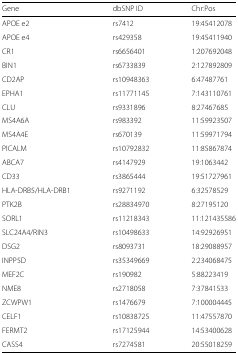
<table><thead><tr><td><b>Gene</b></td><td><b>dbSNP ID</b></td><td><b>Chr:Pos</b></td></tr></thead><tbody><tr><td>APOE e2</td><td>rs7412</td><td>19:45412078</td></tr><tr><td>APOE e4</td><td>rs429358</td><td>19:45411940</td></tr><tr><td>CR1</td><td>rs6656401</td><td>1:207692048</td></tr><tr><td>BIN1</td><td>rs6733839</td><td>2:127892809</td></tr><tr><td>CD2AP</td><td>rs10948363</td><td>6:47487761</td></tr><tr><td>EPHA1</td><td>rs11771145</td><td>7:143110761</td></tr><tr><td>CLU</td><td>rs9331896</td><td>8:27467685</td></tr><tr><td>MS4A6A</td><td>rs983392</td><td>11:59923507</td></tr><tr><td>MS4A4E</td><td>rs670139</td><td>11:59971794</td></tr><tr><td>PICALM</td><td>rs10792832</td><td>11:85867874</td></tr><tr><td>ABCA7</td><td>rs4147929</td><td>19:1063442</td></tr><tr><td>CD33</td><td>rs3865444</td><td>19:51727961</td></tr><tr><td>HLA-DRB5/HLA-DRB1</td><td>rs9271192</td><td>6:32578529</td></tr><tr><td>PTK2B</td><td>rs28834970</td><td>8:27195120</td></tr><tr><td>SORL1</td><td>rs11218343</td><td>11:121435586</td></tr><tr><td>SLC24A4/RIN3</td><td>rs10498633</td><td>14:92926951</td></tr><tr><td>DSG2</td><td>rs8093731</td><td>18:29088957</td></tr><tr><td>INPP5D</td><td>rs35349669</td><td>2:234068475</td></tr><tr><td>MEF2C</td><td>rs190982</td><td>5:88223419</td></tr><tr><td>NME8</td><td>rs2718058</td><td>7:37841533</td></tr><tr><td>ZCWPW1</td><td>rs1476679</td><td>7:100004445</td></tr><tr><td>CELF1</td><td>rs10838725</td><td>11:47557870</td></tr><tr><td>FERMT2</td><td>rs17125944</td><td>14:53400628</td></tr><tr><td>CASS4</td><td>rs7274581</td><td>20:55018259</td></tr></tbody></table>